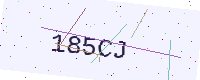
Text: 185CJ